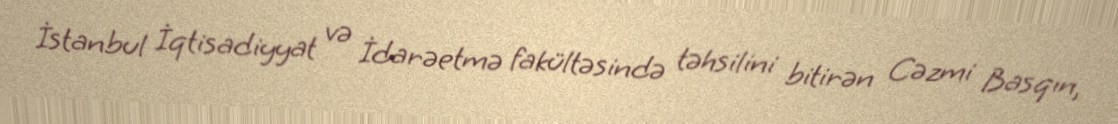
İstanbul İqtisadiyyat və İdarəetmə fakültəsində təhsilini bitirən Cəzmi Basqın,